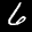
Digit: 6